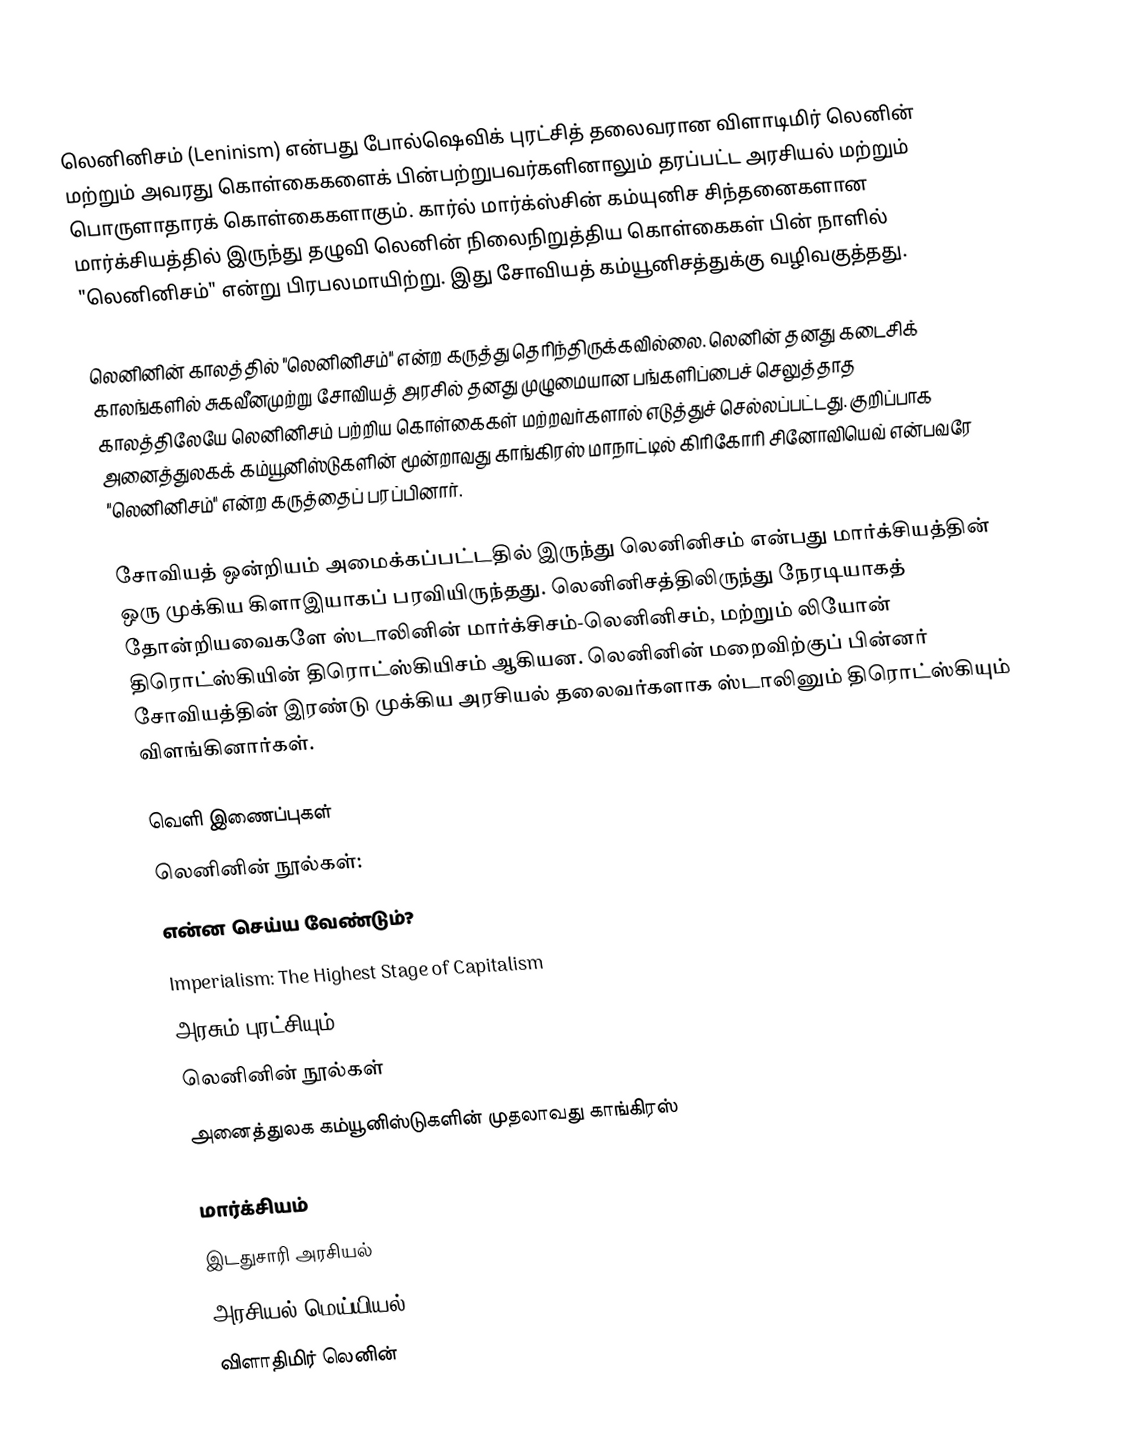
லெனினிசம் (Leninism) என்பது போல்ஷெவிக் புரட்சித் தலைவரான விளாடிமிர் லெனின் மற்றும் அவரது கொள்கைகளைக் பின்பற்றுபவர்களினாலும் தரப்பட்ட அரசியல் மற்றும் பொருளாதாரக் கொள்கைகளாகும். கார்ல் மார்க்ஸ்சின் கம்யுனிச சிந்தனைகளான மார்க்சியத்தில் இருந்து தழுவி லெனின் நிலைநிறுத்திய கொள்கைகள் பின் நாளில் "லெனினிசம்" என்று பிரபலமாயிற்று. இது சோவியத் கம்யூனிசத்துக்கு வழிவகுத்தது.

லெனினின் காலத்தில் "லெனினிசம்" என்ற கருத்து தெரிந்திருக்கவில்லை. லெனின் தனது கடைசிக் காலங்களில் சுகவீனமுற்று சோவியத் அரசில் தனது முழுமையான பங்களிப்பைச் செலுத்தாத காலத்திலேயே லெனினிசம் பற்றிய கொள்கைகள் மற்றவர்களால் எடுத்துச் செல்லப்பட்டது. குறிப்பாக அனைத்துலகக் கம்யூனிஸ்டுகளின் மூன்றாவது காங்கிரஸ் மாநாட்டில் கிரிகோரி சினோவியெவ் என்பவரே "லெனினிசம்" என்ற கருத்தைப் பரப்பினார்.

சோவியத் ஒன்றியம் அமைக்கப்பட்டதில் இருந்து லெனினிசம் என்பது மார்க்சியத்தின் ஒரு முக்கிய கிளாஇயாகப் பரவியிருந்தது. லெனினிசத்திலிருந்து நேரடியாகத் தோன்றியவைகளே ஸ்டாலினின் மார்க்சிசம்-லெனினிசம், மற்றும் லியோன் திரொட்ஸ்கியின் திரொட்ஸ்கியிசம் ஆகியன. லெனினின் மறைவிற்குப் பின்னர் சோவியத்தின் இரண்டு முக்கிய அரசியல் தலைவர்களாக ஸ்டாலினும் திரொட்ஸ்கியும் விளங்கினார்கள்.

வெளி இணைப்புகள்
லெனினின் நூல்கள்:
 என்ன செய்ய வேண்டும்?
 Imperialism: The Highest Stage of Capitalism
 அரசும் புரட்சியும்
 லெனினின் நூல்கள்
 அனைத்துலக கம்யூனிஸ்டுகளின் முதலாவது காங்கிரஸ்

மார்க்சியம்
இடதுசாரி அரசியல்
அரசியல் மெய்யியல்
விளாதிமிர் லெனின்